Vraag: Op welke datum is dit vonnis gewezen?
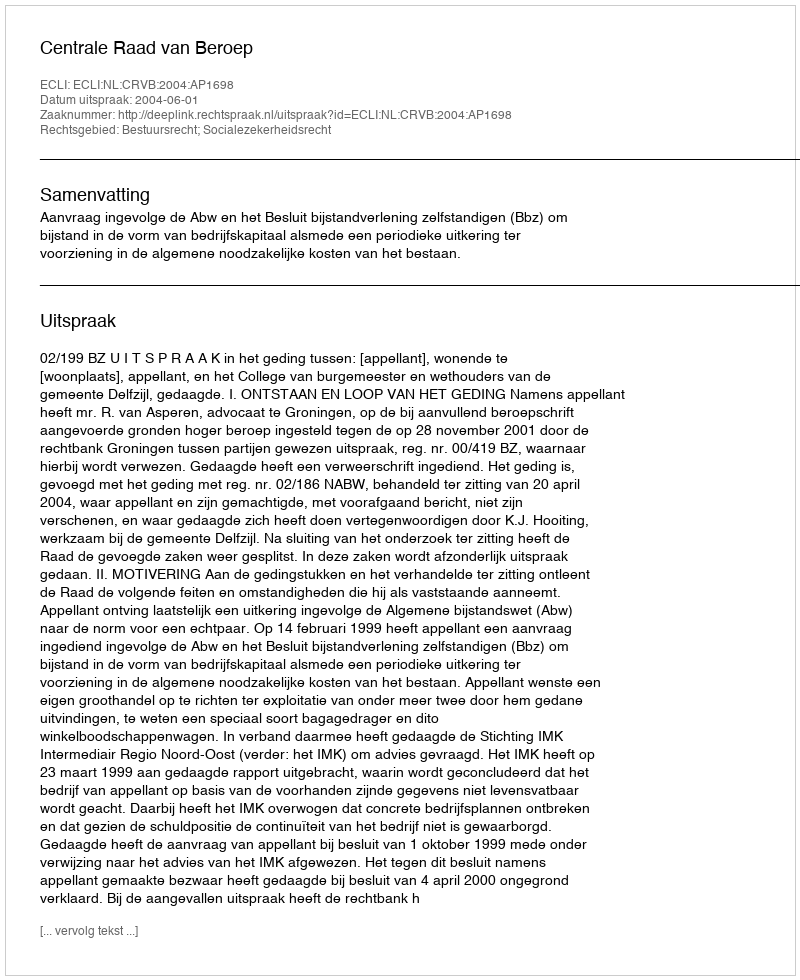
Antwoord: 2004-06-01